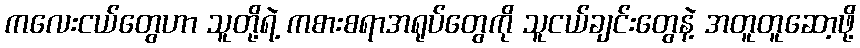
ကလေးငယ်တွေဟာ သူတို့ရဲ့ ကစားစရာအရုပ်တွေကို သူငယ်ချင်းတွေနဲ့ အတူတူဆော့ဖို့